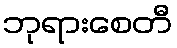
ဘုရားစေတီ